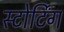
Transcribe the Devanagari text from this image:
स्टोर्टिंग